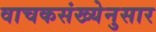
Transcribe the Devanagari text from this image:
वाचकसंख्येनुसार